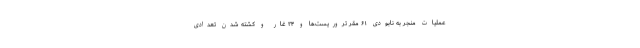
عملیات منجر به نابودی ۶۱ مقر تروریست‌ها و ۲۴ غار و کشته شدن تعدادی